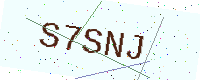
Text: S7SNJ